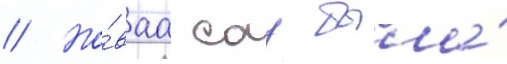
// Но́ваа сау была́